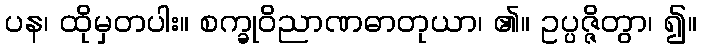
ပန၊ ထိုမှတပါး။ စက္ခုဝိညာဏဓာတုယာ၊ ၏။ ဥပ္ပဇ္ဇိတွာ၊ ၍။